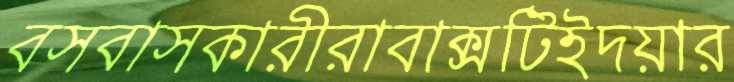
বসবাসকারীরাবাক্সটিইদয়ার